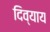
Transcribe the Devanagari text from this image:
दिव्याय